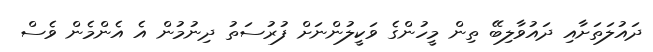
ދައުލަތަށާއި ދައުވާލިބޭ ތިން މީހުންގެ ވަކީލުންނަށް ފުރުސަތު ދިނުމުން އެ އެންމެން ވެސް